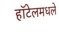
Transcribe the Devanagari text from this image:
हॉटेलमधले